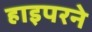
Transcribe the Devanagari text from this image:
हाइपरने